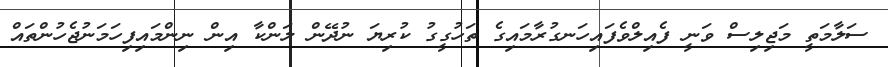
ސަލާމަތީ މަޖިލިސް ވަނީ ފެއިލްވެފައިހަނގުރާމައިގެ ތަހުގީގު ކުރިޔަ ނުދޭން ލަންކާ އިން ނިންމައިފިހަމަނުޖެހުންތައް